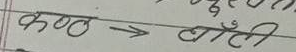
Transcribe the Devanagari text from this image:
कळ → टोंटी